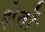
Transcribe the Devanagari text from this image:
क्षेतों